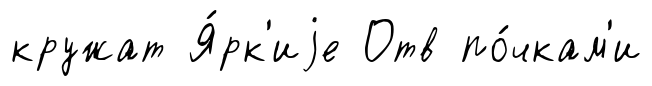
кружат Я́рк'иjе Отв по́чкам'и